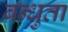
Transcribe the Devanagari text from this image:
बन्धुता